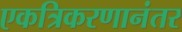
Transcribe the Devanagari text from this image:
एकत्रिकरणानंतर